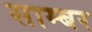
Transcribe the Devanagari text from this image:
साम्बर